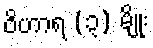
ဝိဟာရ (၃) မျိုး